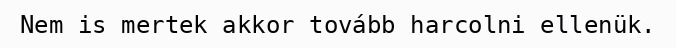
Nem is mertek akkor tovább harcolni ellenük.